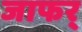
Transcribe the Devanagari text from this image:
जाफर्